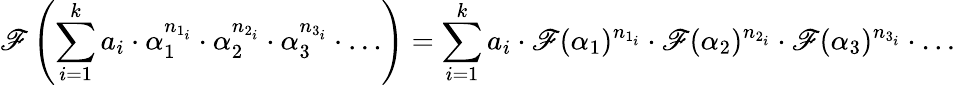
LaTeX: \mathscr{F}\left(\sum_{i=1}^{k}a_{i}\cdot\alpha_{1}^{n_{1_{i}}}\cdot\alpha_{2}^{n_{2_{i}}}\cdot\alpha_{3}^{n_{3_{i}}}\cdot\dots\right)=\sum_{i=1}^{k}a_{i}\cdot\mathscr{F}(\alpha_{1})^{n_{1_{i}}}\cdot\mathscr{F}(\alpha_{2})^{n_{2_{i}}}\cdot\mathscr{F}(\alpha_{3})^{n_{3_{i}}}\cdot\dots